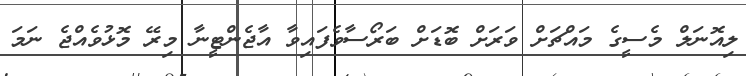
ލިއޮނަލް މެސީގެ މައްޗަށް ވަރަށް ބޮޑަށް ބަރޯސާވެފައިވާ އާޖެންޓީނާ މިރޭ މޮޅުވެއްޖެ ނަމަ